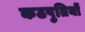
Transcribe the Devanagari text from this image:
कठपुतियों